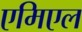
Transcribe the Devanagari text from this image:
एमिएल